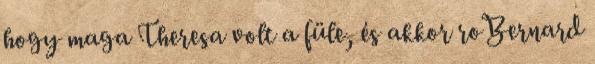
hogy maga Theresa volt a füle, és akkor roBernard